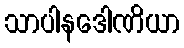
သာပါနဒေါဏိယာ